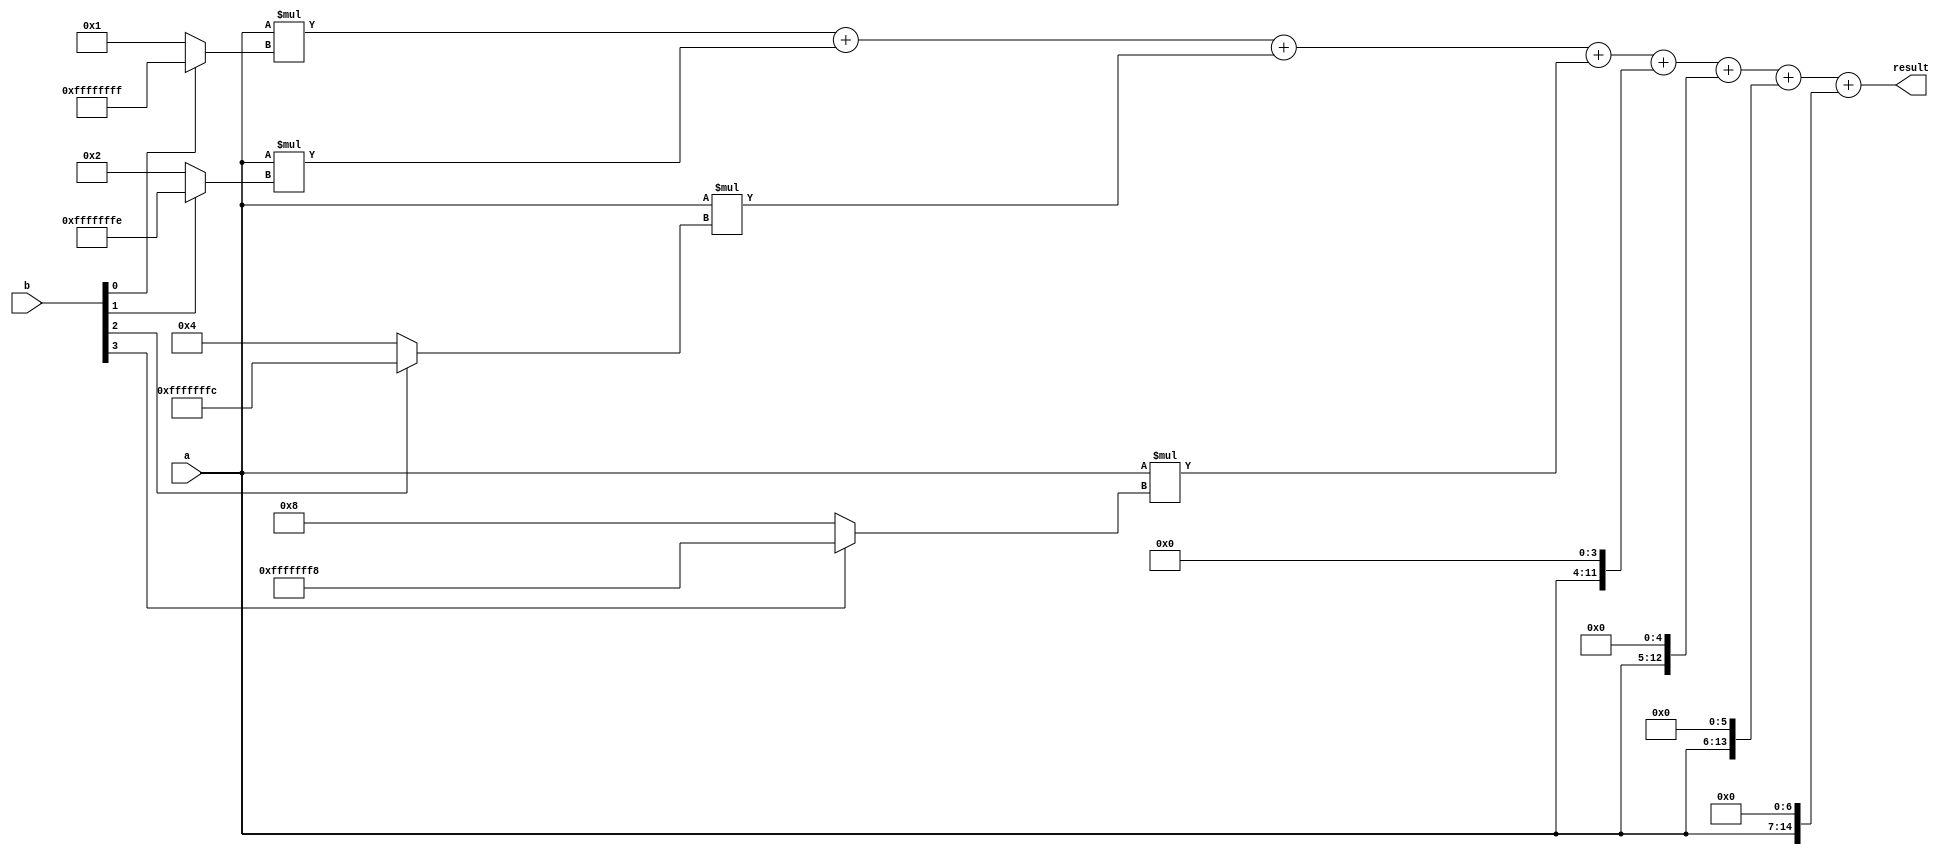
module booth_multiplier(
    input [7:0] a,
    input [7:0] b,
    output reg [15:0] result
);

reg [15:0] partial_sum[7:0];

always @(*)
begin
    partial_sum[0] = a * (b[0] ? -1 : 1);
    partial_sum[1] = a * (b[1] ? -2 : 2);
    partial_sum[2] = a * (b[2] ? -4 : 4);
    partial_sum[3] = a * (b[3] ? -8 : 8);
    partial_sum[4] = a << 4;
    partial_sum[5] = a << 5;
    partial_sum[6] = a << 6;
    partial_sum[7] = a << 7;
    
    result = partial_sum[0] + partial_sum[1] + partial_sum[2] + partial_sum[3] + partial_sum[4] + partial_sum[5] + partial_sum[6] + partial_sum[7];
end

endmodule